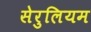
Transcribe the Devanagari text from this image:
सेरुलियम